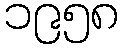
၁၉၅၈